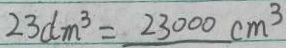
2 3 d m ^ { 3 } = 2 3 0 0 0 c m ^ { 3 }